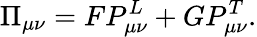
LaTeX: \Pi_{\mu\nu}=FP_{\mu\nu}^{L}+GP_{\mu\nu}^{T}.